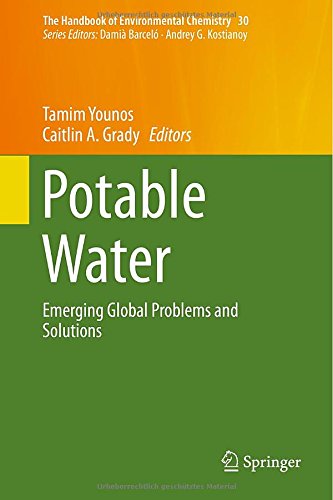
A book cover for Potable Water: Emerging Global Problems and Solutions (The Handbook of Environmental Chemistry); Science & Math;